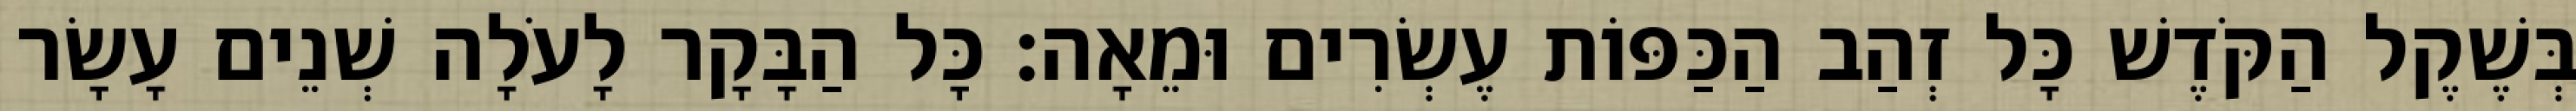
בְּשֶׁקֶל הַקֹּדֶשׁ כָּל זְהַב הַכַּפּוֹת עֶשְׂרִים וּמֵאָה׃ כָּל הַבָּקָר לָעֹלָה שְׁנֵים עָשָׂר